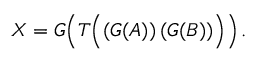
X = G \Big ( T \Big ( ( G ( A ) ) \, ( G ( B ) ) \Big ) \Big ) \, .